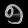
Digit: ၅